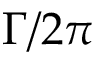
\Gamma / 2 \pi